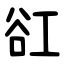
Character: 䜫